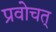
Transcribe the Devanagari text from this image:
प्रवोचत्